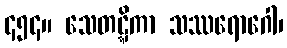
၄၅၄။ သေတဋ္ဋိကာ သဿရောဂေါ၊